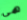
هي